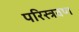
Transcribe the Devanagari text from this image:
परिस्त्रवण